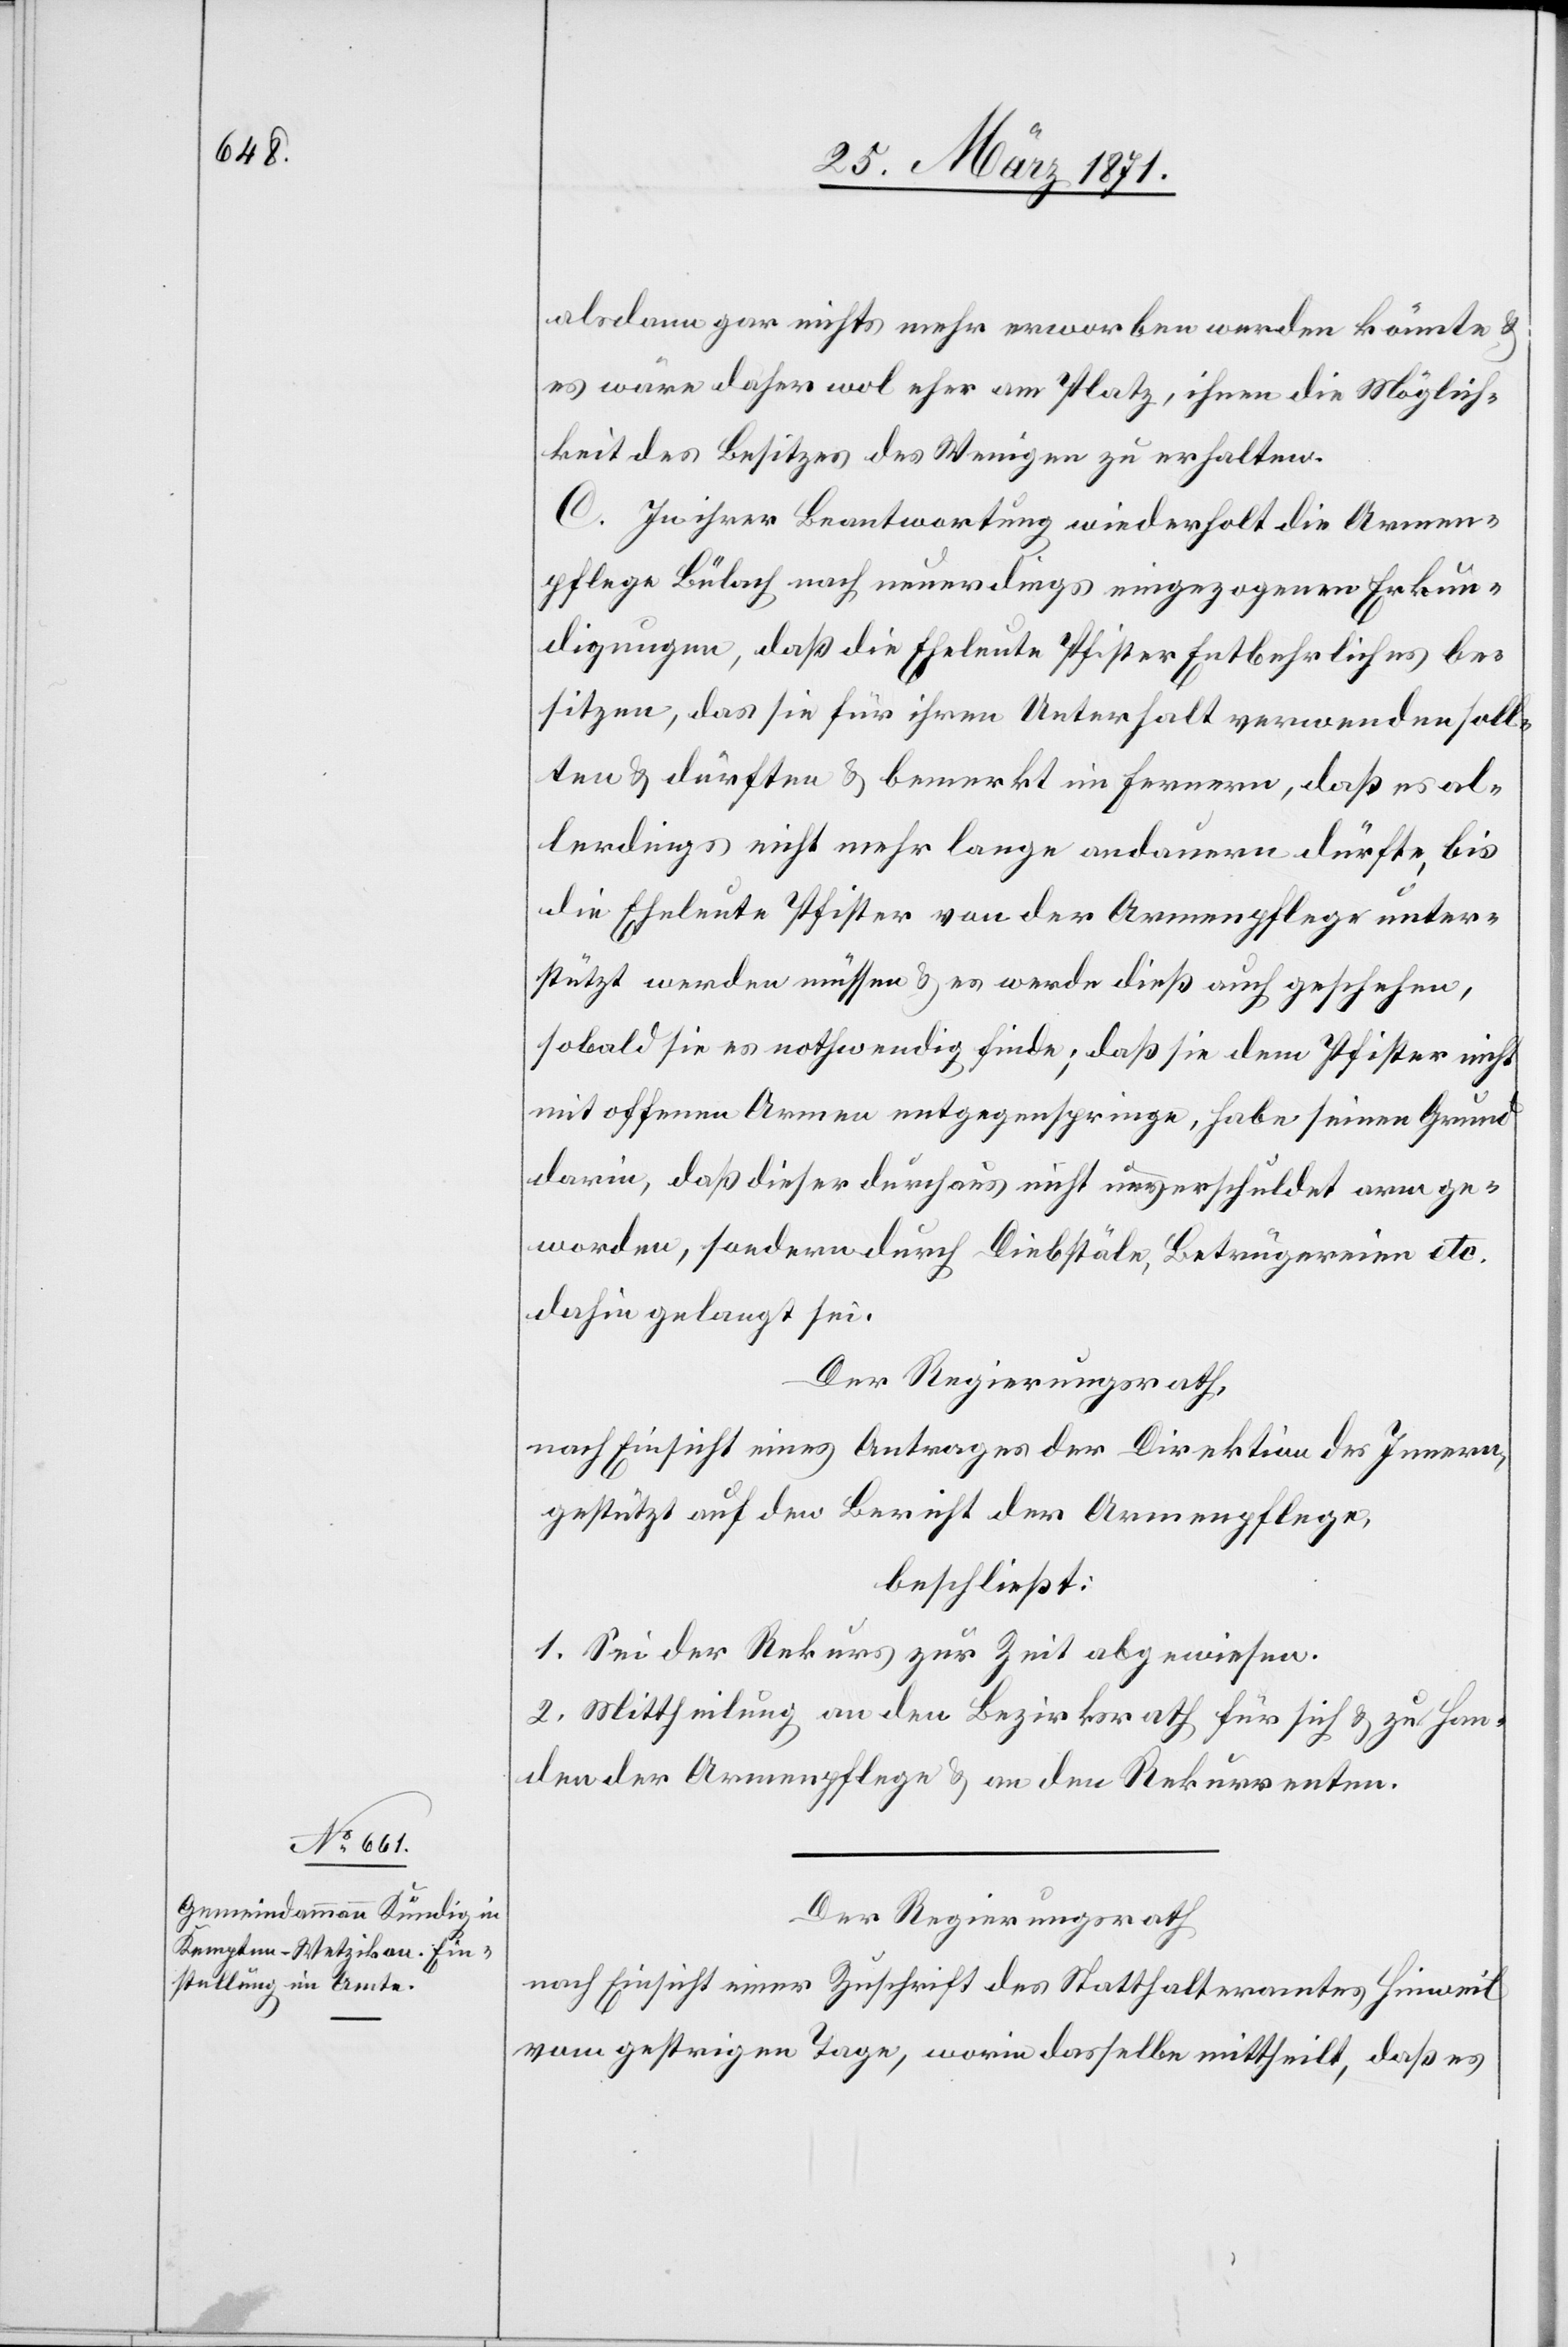
alsdann gar nichts mehr erworben werden könnte u.
es wäre daher wol eher am Platz, ihnen die Möglich¬
keit des Besitzes des Wenigen zu erhalten.
C. In ihrer Beantwortung wiederholt die Armen¬
pflege Bülach nach neuerdings eingezogenen Erkun¬
digungen, daß die Eheleute Pfister Entbehrliches be¬
sitzen, das sie für ihren Unterhalt verwenden soll¬
ten u. durften u. bemerkt im Fernern, daß es al¬
lerdings nicht mehr lange andauern dürfte, bis
die Eheleute Pfister von der Armenpflege unter¬
stützt werden müssen u. es werde dieß auch geschehen,
sobald sie es nothwendig finde; daß sie dem Pfister nicht
mit offenen Armen entgegenspringe, habe seinen Grund
darin, daß dieser durchaus nicht unverschuldet arm ge¬
worden, sondern durch Diebstäle, Betrügereien etc.
dahin gelangt sei.
Der Regierungsrath,
nach Einsicht eines Antrages der Direktion des Innern,
gestützt auf den Bericht der Armenpflege,
beschließt:
1. Sei der Rekurs zur Zeit abgewiesen.
2. Mittheilung an den Bezirksrath für sich u. zu Han¬
den der Armenpflege u. an den Rekurrenten.
Der Regierungsrath
nach Einsicht einer Zuschrift des Statthalteramtes Hinweil
vom gestrigen Tage, worin dasselbe mittheilt, daß es